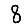
Digit: 8